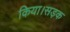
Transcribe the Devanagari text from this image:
किया।सड़क